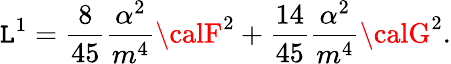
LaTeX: {\cal\mathtt{L}}^{1}=\frac{{8}}{{45}}\frac{{\alpha^{2}}}{{m^{4}}}{\calF}^{2}+\frac{{14}}{{45}}\frac{{\alpha^{2}}}{{m^{4}}}{\calG}^{2}.